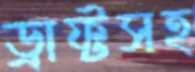
ড্রাফ্টসহ